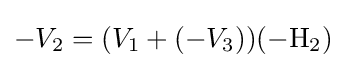
-V_{2}=(V_{1}+(-V_{3}))(\mathrm {-H_{2}} )